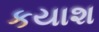
કયાશ